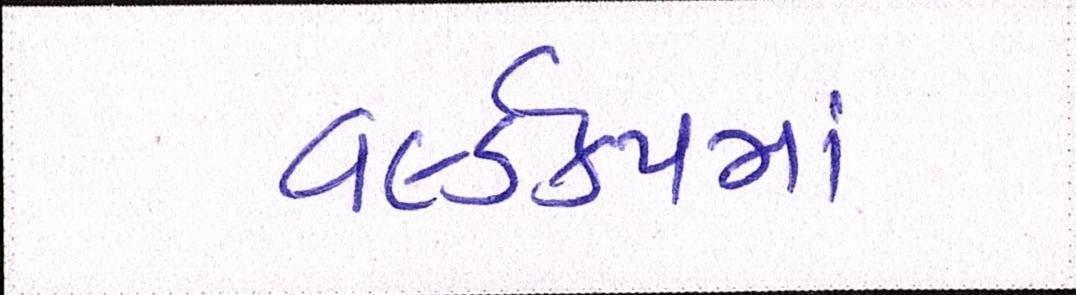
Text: વર્લ્ડકપમાં